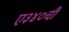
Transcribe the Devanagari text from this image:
ए३४०ची